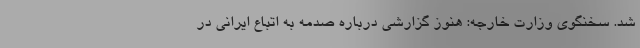
شد. سخنگوی وزارت خارجه: هنوز گزارشی درباره صدمه به اتباع ایرانی در